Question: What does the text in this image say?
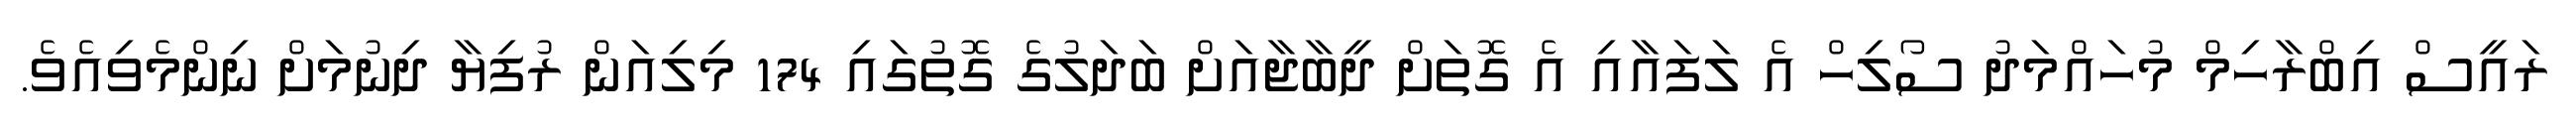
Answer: ރައީސް އިބްރާހިމް މުހައްމަދު ސޯލިހް އެ ލަފައާއި އެ ގޮތަށް ދީބާޖާއަށް ބަދަލުގެ ގޮތުގައި 174 މިލިއަން ރުފިޔާ ދިނުމަށް ނިންމެވިއެވެ.